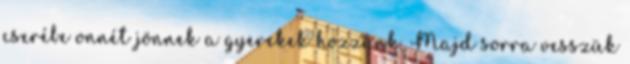
cserébe onnét jönnek a gyerekek hozzánk. Majd sorra vesszük